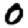
Digit: 0